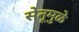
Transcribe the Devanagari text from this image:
सेतूमुळे